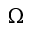
\Omega